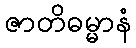
ဇာတိဓမ္မာနံ